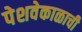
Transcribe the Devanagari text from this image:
पेशवेकाळाची